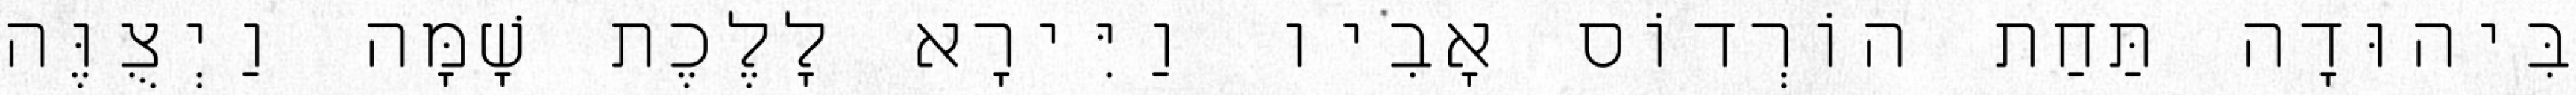
בִּיהוּדָה תַּחַת הוֹרְדוֹס אָבִיו וַיִּירָא לָלֶכֶת שָׁמָּה וַיְצֻוֶּה